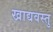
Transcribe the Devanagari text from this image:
खाद्यवस्तु